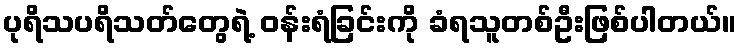
ပုရိသပရိသတ်တွေရဲ့ ဝန်းရံခြင်းကို ခံရသူတစ်ဦးဖြစ်ပါတယ်။